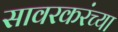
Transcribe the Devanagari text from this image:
सावरकरंच्या